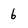
Character: 6